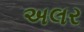
અલર